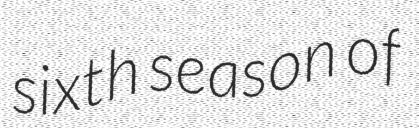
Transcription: sixth season of